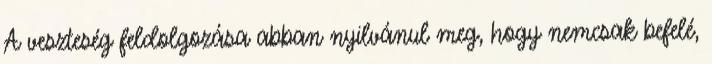
A veszteség feldolgozása abban nyilvánul meg, hogy nemcsak befelé,